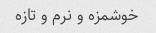
خوشمزه و نرم و تازه